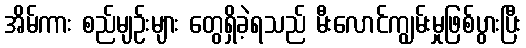
အိမ်ကား စည်မျဉ်းများ တွေရှိခဲ့ရသည် မီးလောင်ကျွမ်းမှုဖြစ်ပွားပြီး